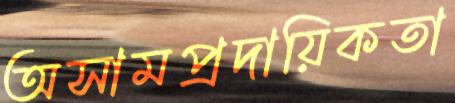
অসামপ্রদায়িকতা